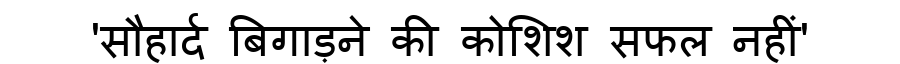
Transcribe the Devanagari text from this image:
'सौहार्द बिगाड़ने की कोशिश सफल नहीं'